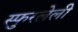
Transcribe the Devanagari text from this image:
स्फुरलेली